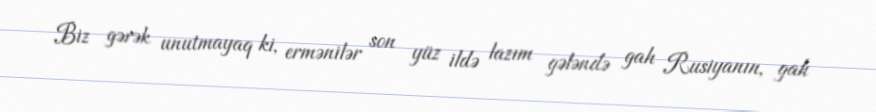
Biz gərək unutmayaq ki, ermənilər son yüz ildə lazım gələndə gah Rusiyanın, gah